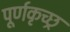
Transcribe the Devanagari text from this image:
पूर्णकृच्छ्र